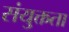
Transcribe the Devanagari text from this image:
संयु्क्तता